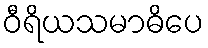
ဝီရိယသမာဓိပေ